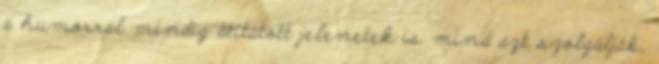
a humorral mindig átitatott jelenetek is mind azt szolgálják,